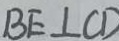
B E \bot C D